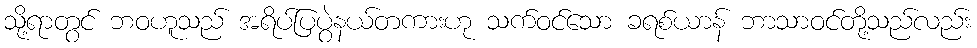
သို့ရာတွင် ဘဝဟူသည် အရိပ်ပြပွဲနယ်တကားဟု သက်ဝင်သော ခရစ်ယာန် ဘာသာဝင်တို့သည်လည်း